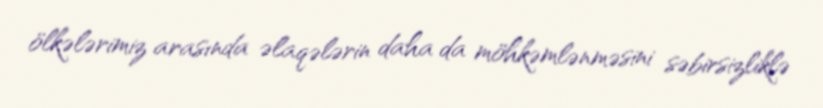
ölkələrimiz arasında əlaqələrin daha da möhkəmlənməsini səbirsizliklə